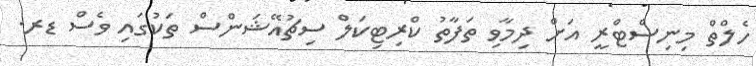
ހެލްތް މިނިސްޓްރީ އަށް ދިމާވި ތަފާތު ކްރިޓިކަލް ސިޗުއޭޝަންސް ތަކުގައި ވެސް ޑރ.